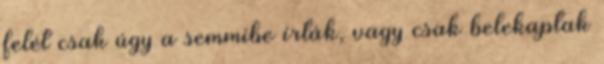
felét csak úgy a semmibe írták, vagy csak belekaptak